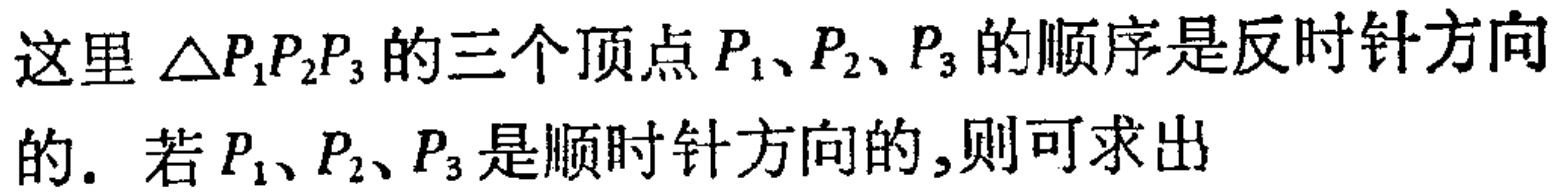
这里 $\triangle P_{1}P_{2}P_{3}$ 的三个顶点 $P_{1}、P_{2}、P_{3}$ 的顺序是反时针方向的. 若 $P_{1}、P_{2}、P_{3}$ 是顺时针方向的,则可求出